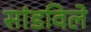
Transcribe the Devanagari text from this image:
सांडविले